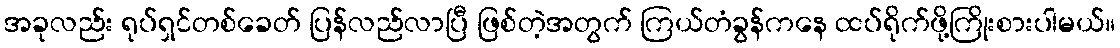
အခုလည်း ရုပ်ရှင်တစ်ခေတ် ပြန်လည်လာပြီ ဖြစ်တဲ့အတွက် ကြယ်တံခွန်ကနေ ထပ်ရိုက်ဖို့ကြိုးစားပါမယ်။